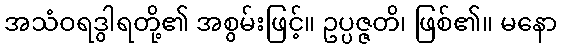
အသံဝရဒွါရတို့၏ အစွမ်းဖြင့်။ ဥပ္ပဇ္ဇတိ၊ ဖြစ်၏။ မနော